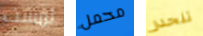
لمست محمل تنحدر